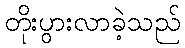
တိုးပွားလာခဲ့သည်